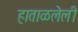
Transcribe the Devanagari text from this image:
हाताळलेली